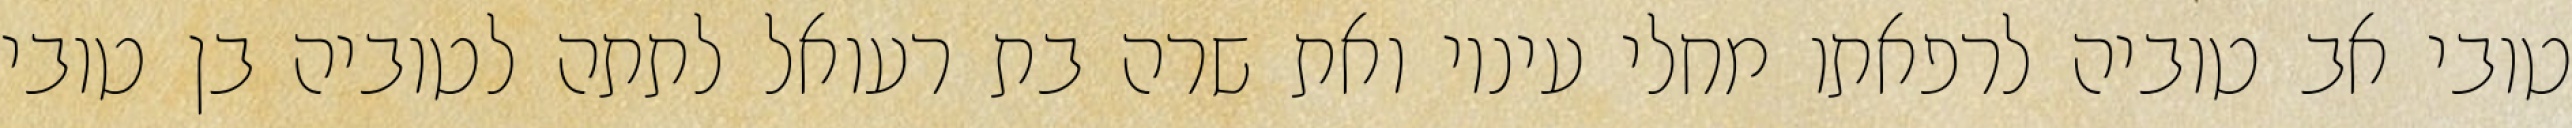
טובי אב טוביה לרפאתו מחלי עיניו ואת שרה בת רעואל לתתה לטוביה בן טובי